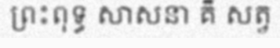
ព្រះពុទ្ធ សាសនា គឺ សត្វ